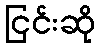
ငြင်းဆို